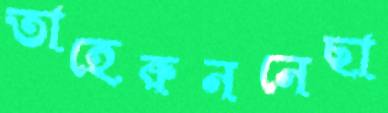
তাহেরুননেছা